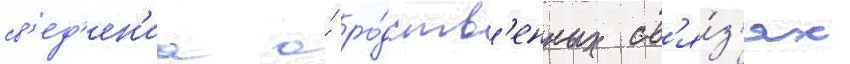
св'ед'ен'иа о́ ро́дств'енных св'я́з'ях